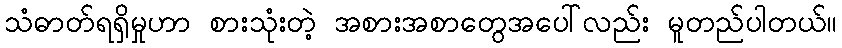
သံဓာတ်ရရှိမှုဟာ စားသုံးတဲ့ အစားအစာတွေအပေါ်လည်း မူတည်ပါတယ်။